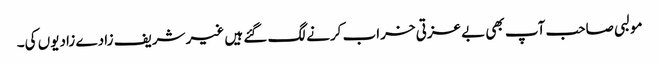
مولبی صاحب آپ بھی بے عزتی خراب کرنے لگ گئے ہیں غیر شریف زادے زادیوں کی۔